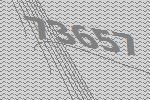
73657